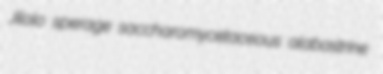
Jilolo sperage saccharomycetaceous alabastrine